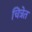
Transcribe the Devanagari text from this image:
चित्रेत